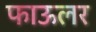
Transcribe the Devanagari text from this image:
फाऊलर